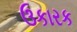
ઉકારક